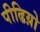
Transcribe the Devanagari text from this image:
पीढिय़ो